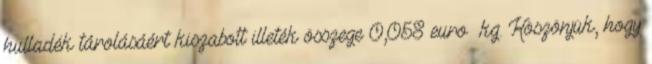
hulladék tárolásáért kiszabott illeték összege 0,058 euro kg. Köszönjük, hogy